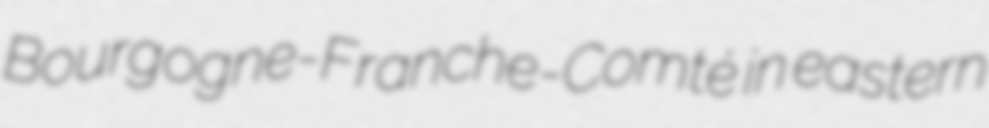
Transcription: Bourgogne-Franche-Comté in eastern